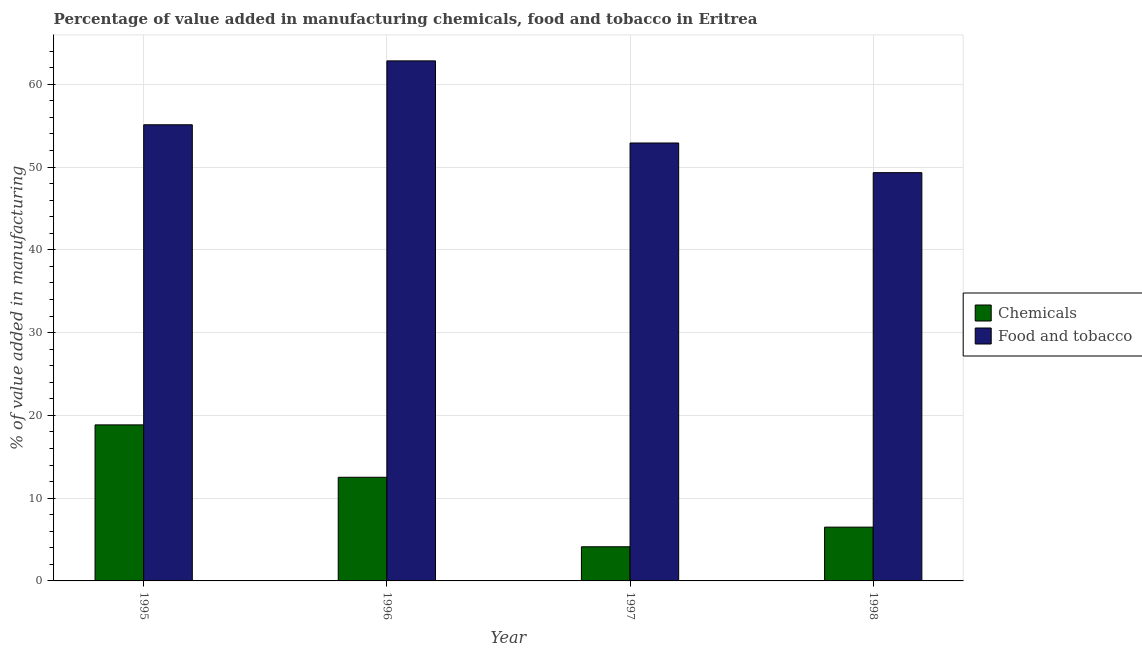
| Year | Chemicals | Food and tobacco |
 | --- | --- | --- |
 | 1995 | 18.9 | 55.1 |
 | 1996 | 12.5 | 62.8 |
 | 1997 | 4.13 | 52.9 |
 | 1998 | 6.5 | 49.3 |